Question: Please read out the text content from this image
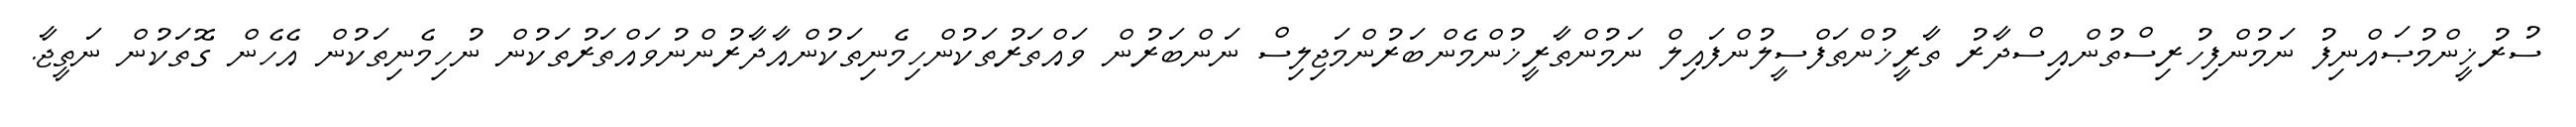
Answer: ސުރުޚީންމުޞައްނިފު ނަމުންފިހުރިސްތުންއިސްދާރު ތާރީޚުންތަފްސީލުންފައިލް ނަމުންތާރީޚުންމެންބަރުންމަޖިލިސް ނަންބަރުން ވައްތަރުތަކުންހިމެނިތަކުންއާދާރުންނުވައްތަރުތަކުން ނުހިމެނިތަކުން އެހެން ގޮތަކުން ނަތީޖާ.